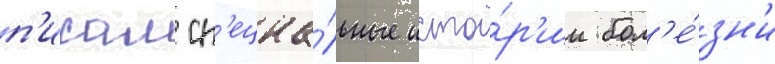
п'исал сп'ециа́льные исто́р'ии бол'е́зн'и